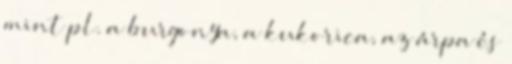
mint pl. a burgonya, a kukorica, az árpa és